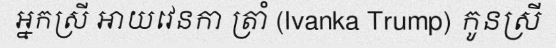
អ្នកស្រី អាយវេនកា ត្រាំ (Ivanka Trump) កូនស្រី